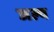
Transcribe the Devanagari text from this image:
जल्य